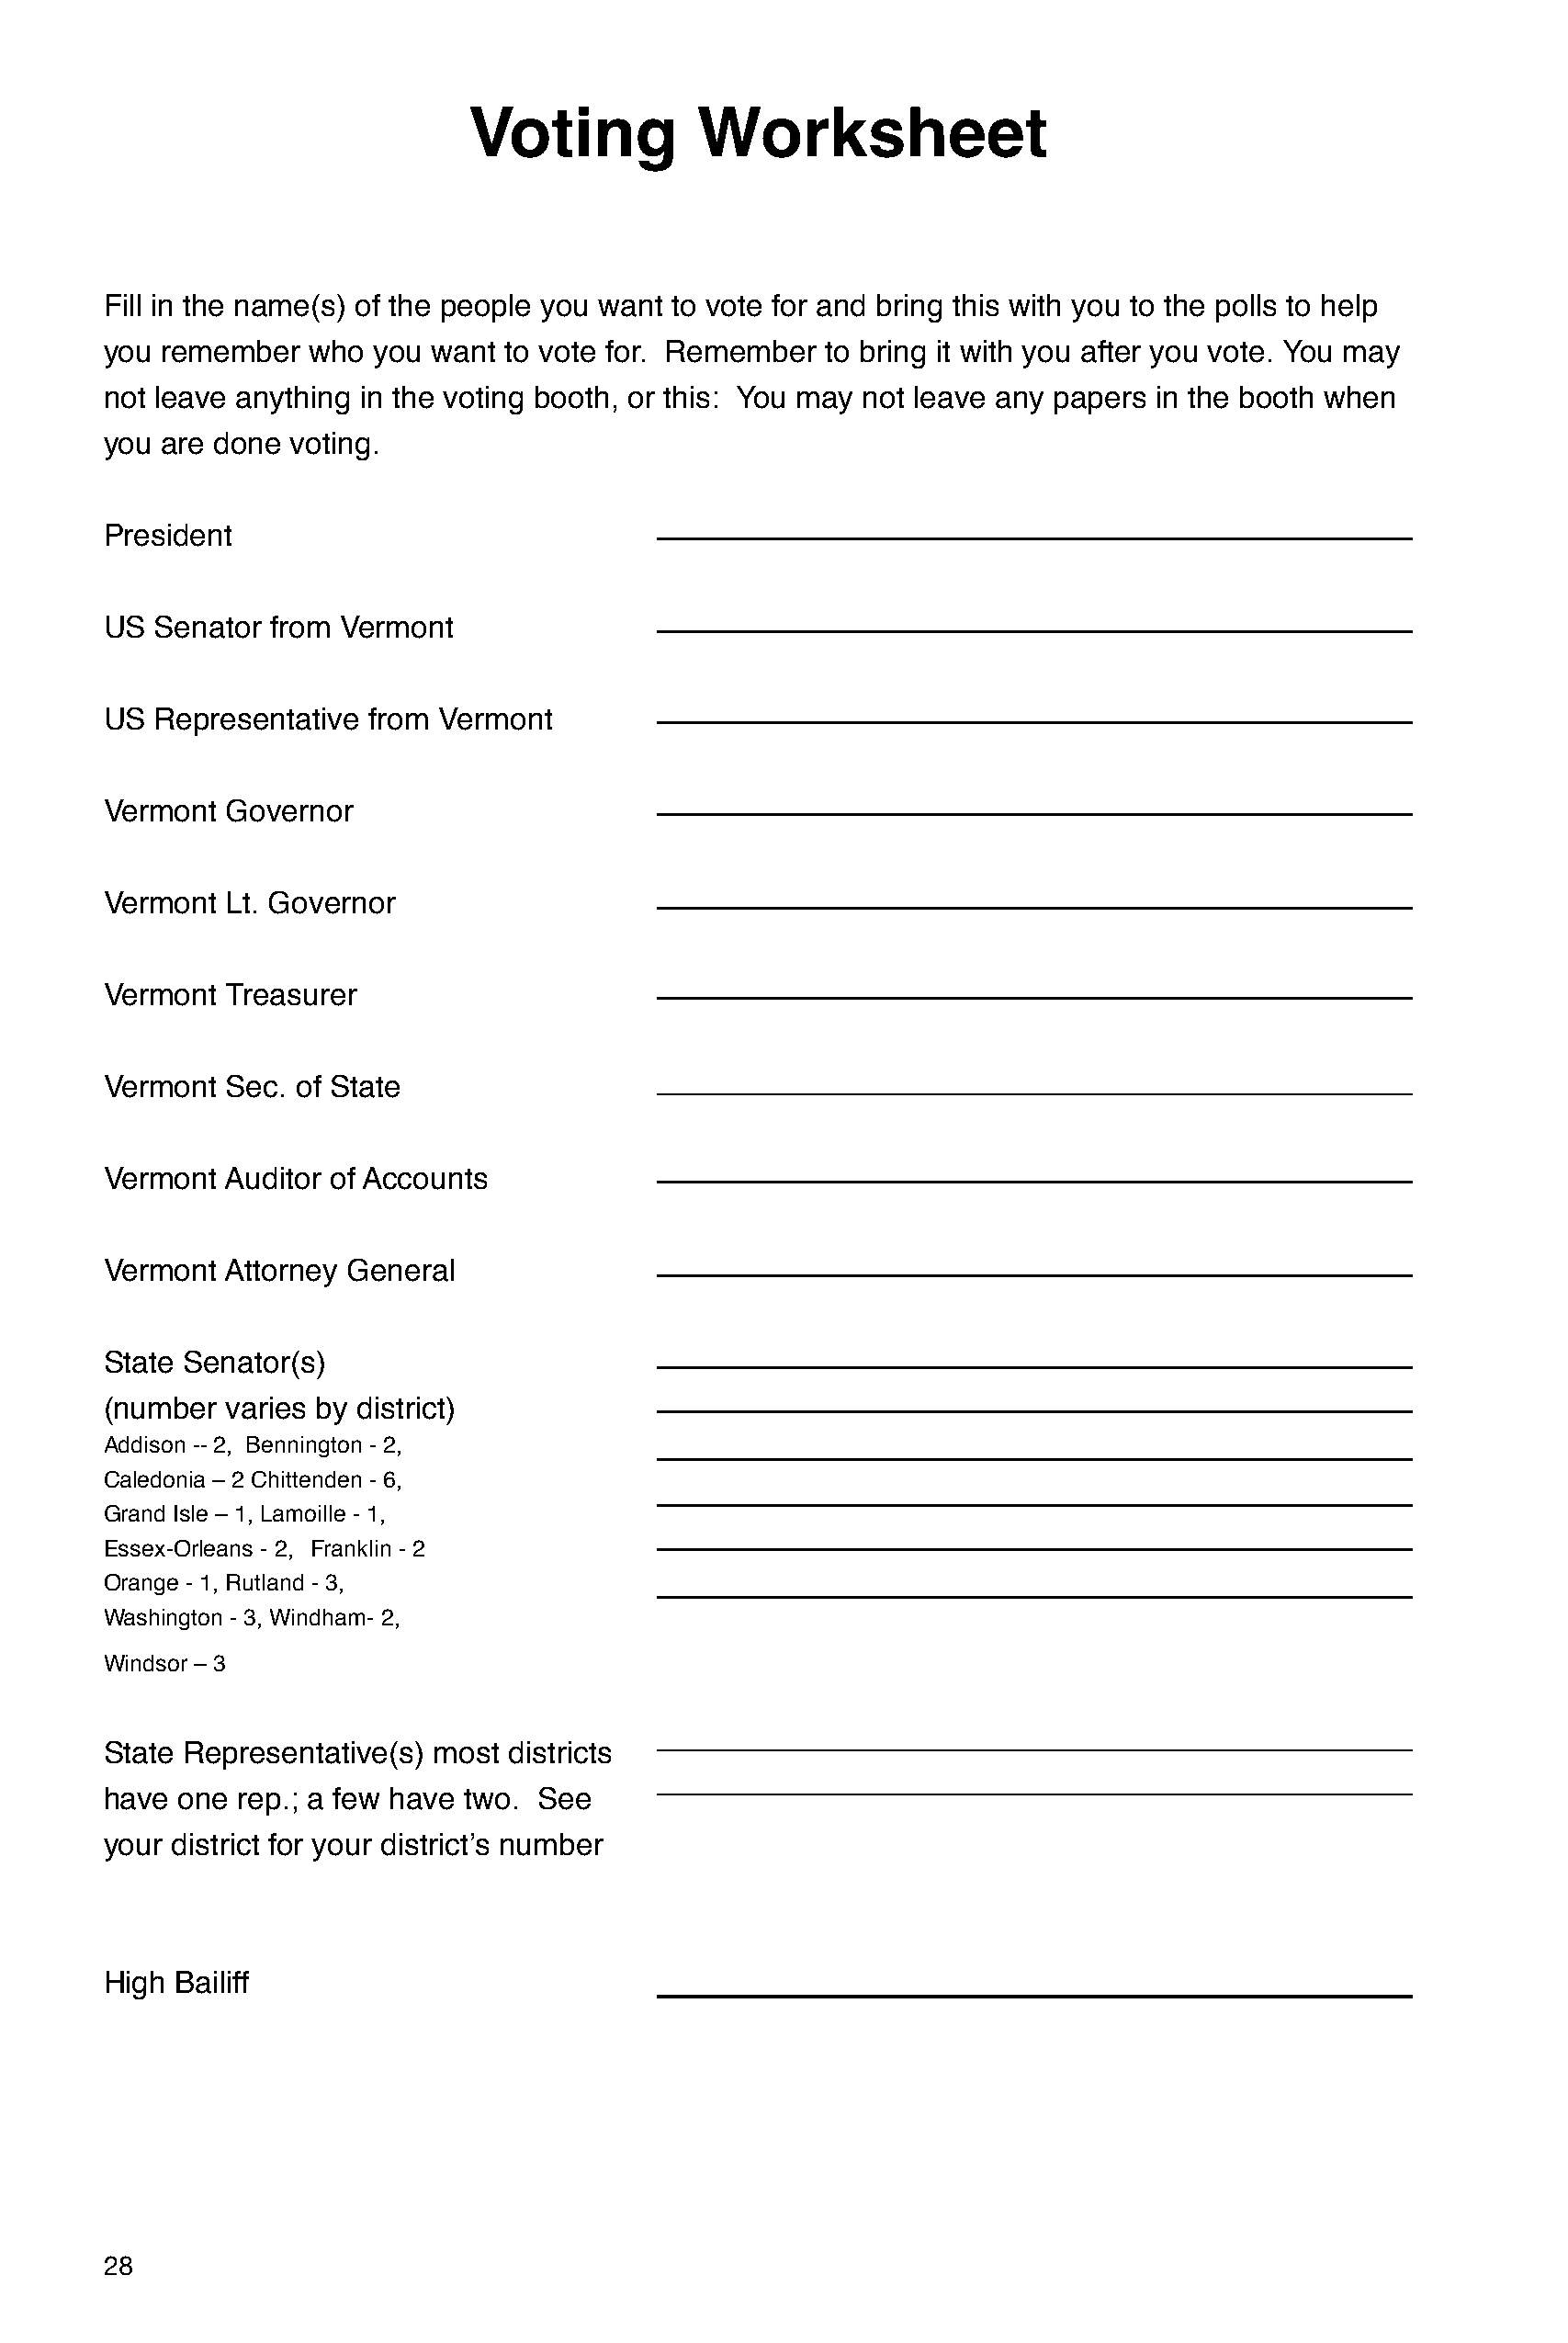
Voting          Worksheet
 Fill in the name(s) of the people you want to vote for and bring this with you to the polls to help
 you  remember  who  you want to vote for. Remember  to bring it with you after you vote. You may
 not leave anything in the voting booth, or this: You may not leave any papers in the booth when
 you  are done voting.
 President
 US  Senator from Vermont
 US  Representative  from Vermont
 Vermont  Governor
 Vermont  Lt. Governor
 Vermont  Treasurer
 Vermont  Sec. of State
 Vermont  Auditor of Accounts
 Vermont  Attorney General
 State Senator(s)
 (number  varies by district)
 Addison -- 2, Bennington - 2,
 Caledonia – 2 Chittenden - 6,
 Grand Isle – 1, Lamoille - 1,
 Essex-Orleans - 2, Franklin - 2
 Orange - 1, Rutland - 3,
 Washington - 3, Windham- 2,
 Windsor – 3
 State Representative(s) most  districts
 have  one rep.; a few have two. See
 your district for your district’s number
 High  Bailiff
 28